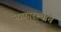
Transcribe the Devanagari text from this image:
नाकारल्याचे